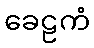
ခေဠကံ